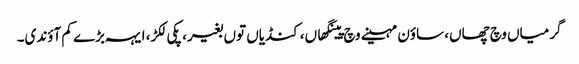
گرمیاں وچ چھاں، ساؤن مہینے وچ پینگھاں، کنڈیاں توں بغیر، پکی لکڑ، ایہہ بڑے کم آؤندی۔